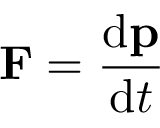
\mathbf { F } = { \frac { \mathrm { d } \mathbf { p } } { \mathrm { d } t } }